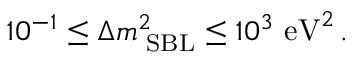
1 0 ^ { - 1 } \leq \Delta m _ { \mathrm { \scriptsize ~ S B L } } ^ { 2 } \leq 1 0 ^ { 3 } \mathrm { ~ e V } ^ { 2 } \, .